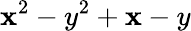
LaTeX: \mathbf{x}^{2}-y^{2}+\mathbf{x}-y